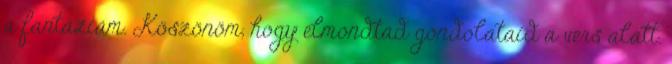
a fantáziám. Köszönöm, hogy elmondtad gondolataid a vers alatt.